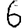
Digit: 6